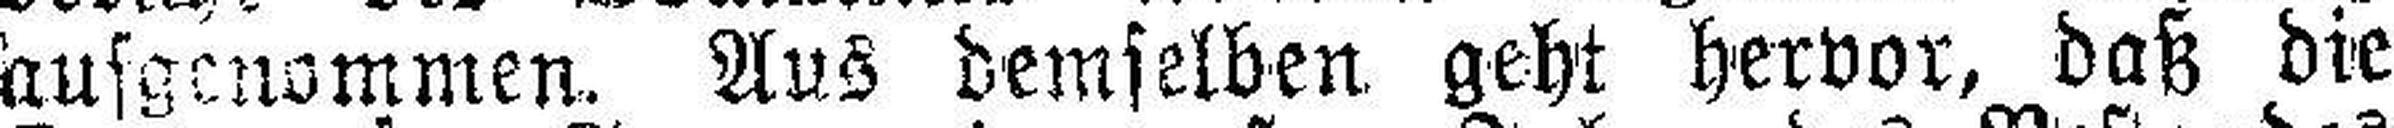
ausgenommen. Aus demselben geht hervor, daß die